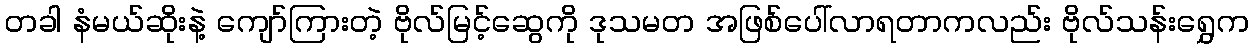
တခါ နံမယ်ဆိုးနဲ့ ကျော်ကြားတဲ့ ဗိုလ်မြင့်ဆွေကို ဒုသမတ အဖြစ်ပေါ်လာရတာကလည်း ဗိုလ်သန်းရွှေက